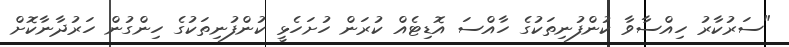
"ސަރުކާރު ހިއްސާވާ ކުންފުނިތަކުގެ ހާއްސަ އޮޑިޓެއް ކުރަން ހުށަހެޅީ ކުންފުނިތަކުގެ ހިންގުން ހަރުދާނާކޮށް